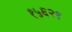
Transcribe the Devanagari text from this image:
१५६२९